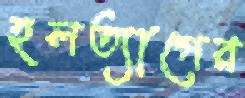
হলত্যাগের